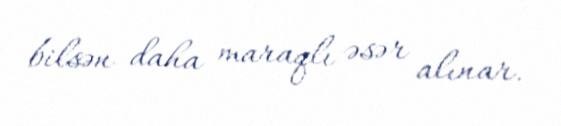
bilsən daha maraqlı əsər alınar.